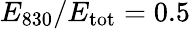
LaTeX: E_{830}/E_{\mathrm{tot}}=0.5